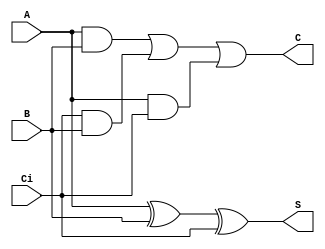
`timescale 1ns / 1ps
module fulladder(
    input A, B, Ci,
    output S, C
    );

    assign S = A ^ B ^ Ci;
    assign C = (A & B) | (Ci & B) | (A & Ci);
  
endmodule